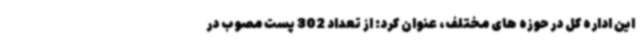
این اداره کل در حوزه های مختلف، عنوان کرد: از تعداد 302 پست مصوب در